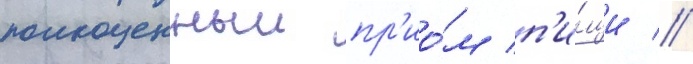
полноценныи пр'ио́м п'и́щи //